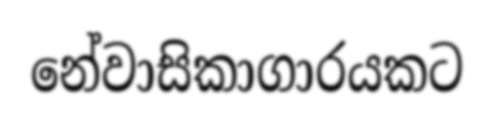
නේවාසිකාගාරයකට